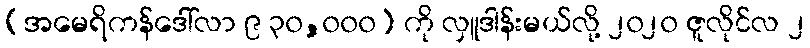
(အမေရိကန်ဒေါ်လာ ၉ ၃၀,၀၀၀) ကို လှူဒါန်းမယ်လို့ ၂၀၂၀ ဇူလိုင်လ ၂